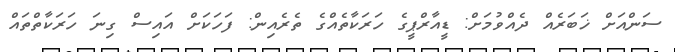
ސަންއަށް ޚަބަރެއް ދެއްވުމަށް: ޑީއާރްޕީގެ ހަރަކާތެއްގެ ތެރެއިން: ފަހަކަށް އައިސް ގިނަ ހަރަކާތްތައް